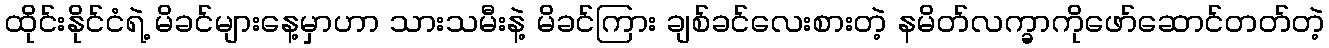
ထိုင်းနိုင်ငံရဲ့ မိခင်များနေ့မှာဟာ သားသမီးနဲ့ မိခင်ကြား ချစ်ခင်လေးစားတဲ့ နမိတ်လက္ခာကိုဖော်ဆောင်တတ်တဲ့